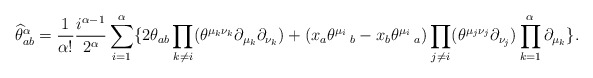
\begin{align*}\widehat{\theta}_{ab}^{\alpha}= \frac{1}{\alpha!}\frac{i^{\alpha -1}}{2^{\alpha}}\sum_{i=1}^{\alpha}\{2\theta_{ab}\prod_{k\ne i}(\theta^{\mu_{k} \nu_{k}}\partial_{\mu_k}\partial_{\nu_k})+(x_a \theta^{\mu_i}\,_{b}-x_b \theta^{\mu_i}\,_{a})\prod_{j\ne i}(\theta^{\mu_{j} \nu_{j}}\partial_{\nu_j})\prod_{k=1}^{\alpha}\partial_{\mu_k}\}.\end{align*}